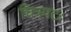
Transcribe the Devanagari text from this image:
चित्रपटः